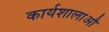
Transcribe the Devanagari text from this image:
कार्यशालाऔ